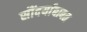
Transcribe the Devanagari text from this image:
सौंदर्याबाबत